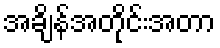
အချိန်အတိုင်းအတာ